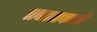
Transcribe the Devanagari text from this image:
प्रचालकाची